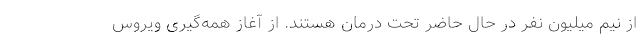
از نیم میلیون نفر در حال حاضر تحت درمان هستند. از آغاز همه‌گیری ویروس